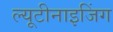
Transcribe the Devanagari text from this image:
ल्यूटीनाइजिंग